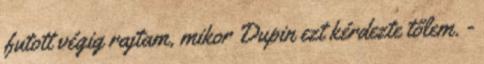
futott végig rajtam, mikor Dupin ezt kérdezte tőlem. -